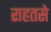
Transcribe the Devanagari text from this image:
राहतसे